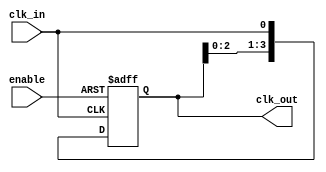
module skew_optimized_clock_buffer #(
    parameter N = 4,                // Number of outputs
    parameter DELAY = 1             // Buffer delay (can be adjusted)
)(
    input wire clk_in,              // Input clock signal
    input wire enable,              // Enable signal
    output reg [N-1:0] clk_out      // Buffered clock outputs
);

    // Internal signals for buffering
    reg [N-1:0] clk_buf;

    // Generate buffered clock outputs
    always @(posedge clk_in or negedge enable) begin
        if (!enable) begin
            clk_buf <= {N{1'b0}};     // Disable all outputs
        end else begin
            clk_buf[0] <= clk_in;     // First output directly from input
            // Cascaded buffering for other outputs
            clk_buf[1] <= #DELAY clk_buf[0];
            clk_buf[2] <= #DELAY clk_buf[1];
            clk_buf[3] <= #DELAY clk_buf[2];
            // Add more outputs as needed
        end
    end

    // Assign buffered signals to output
    always @(*) begin
        clk_out = clk_buf;
    end

endmodule